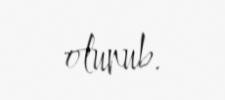
olunub.